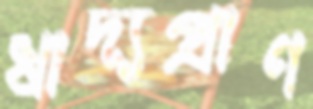
খাদ্যপ্রাণ